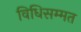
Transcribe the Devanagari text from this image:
विधिसम्‍मत